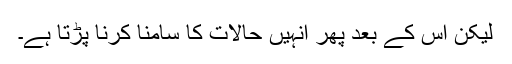
لیکن اس کے بعد پھر اُنہیں حالات کا سامنا کرنا پڑتا ہے۔